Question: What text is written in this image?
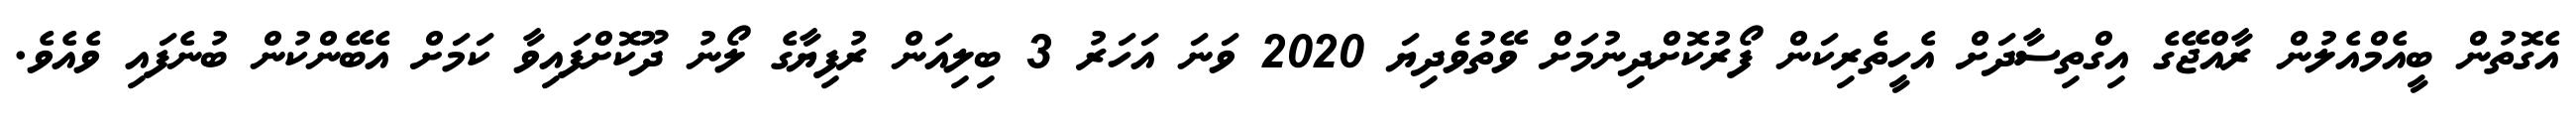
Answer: އެގޮތުން ބީއެމްއެލުން ރާއްޖޭގެ އިގްތިސާދަށް އެހީތެރިކަން ފޯރުކޮށްދިނުމަށް ވޭތުވެދިޔަ 2020 ވަނަ އަހަރު 3 ބިލިއަން ރުފިޔާގެ ލޯނު ދޫކޮށްފައިވާ ކަމަށް އެބޭންކުން ބުނެފައި ވެއެވެ.